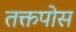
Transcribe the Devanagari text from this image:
तक्तपोस